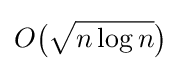
O{\bigl (}{\sqrt {n\log n}}{\bigr )}